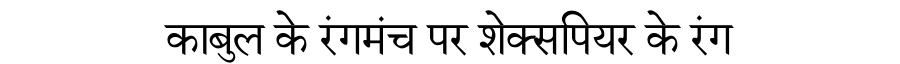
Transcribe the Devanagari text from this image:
काबुल के रंगमंच पर शेक्सपियर के रंग